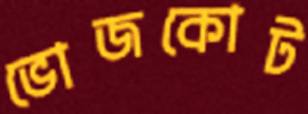
ভোজকোট